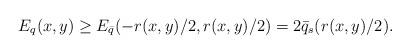
LaTeX: \begin{align*}E_q(x,y)\geq E_{\bar q}(-r(x,y)/2,r(x,y)/2)=2\bar q_s(r(x,y)/2).\end{align*}